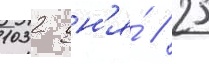
1032 дн'я́ // 25